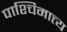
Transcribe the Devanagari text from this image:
पाश्चिमात्त्य